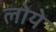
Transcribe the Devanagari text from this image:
लोये